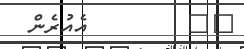
٨٣        އެއުރެން